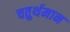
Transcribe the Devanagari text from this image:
चतुर्थमान